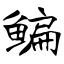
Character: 鳊